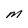
Character: M